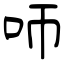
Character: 𠯗